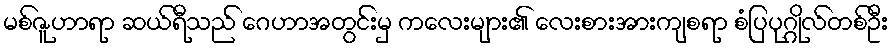
မစ်ဇူဟာရာ ဆယ်ရီသည် ဂေဟာအတွင်းမှ ကလေးများ၏ လေးစားအားကျစရာ စံပြပုဂ္ဂိုလ်တစ်ဦး